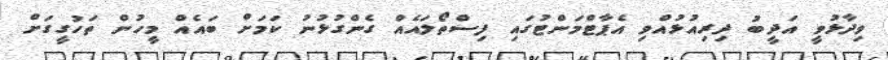
ވިދާޅުވީ އަދީބު ދިރިއުޅުއްވި އެޕާޓްމަންޓުގައި ފިސްތޯލައެއް ގެންގުޅުނު ކަމަށް ބައެއް މީހުން ތަހުގީގަށް